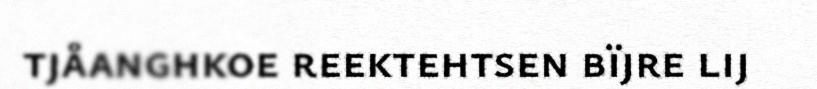
tjåanghkoe reektehtsen bïjre lij